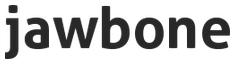
jawbone